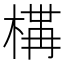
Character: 𭫐